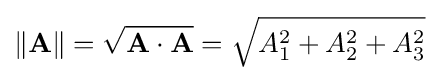
\|\mathbf {A} \|={\sqrt {\mathbf {A} \cdot \mathbf {A} }}={\sqrt {A_{1}^{2}+A_{2}^{2}+A_{3}^{2}}}